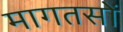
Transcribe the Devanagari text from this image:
मागतसों